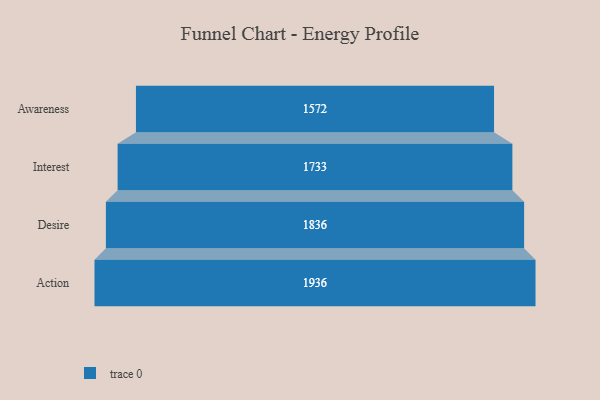
{"axis": {"x": "Stage", "y": "Value"}, "legend": [""], "data": [{"x": "Awareness", "y": 1572.0, "type": ""}, {"x": "Interest", "y": 1733.0, "type": ""}, {"x": "Desire", "y": 1836.0, "type": ""}, {"x": "Action", "y": 1936.0, "type": ""}]}